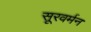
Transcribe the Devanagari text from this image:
सूरवर्मन